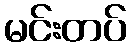
မင်းတပ်